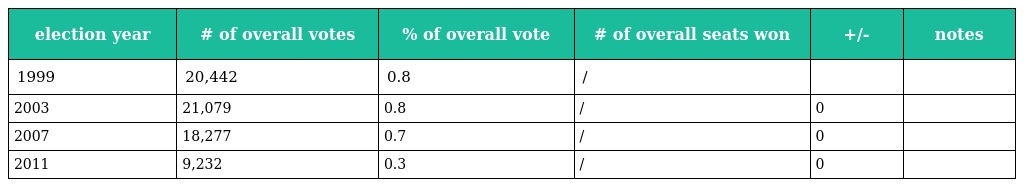
| election year | # of overall votes | % of overall vote | # of overall seats won | +/- | notes |
 | --- | --- | --- | --- | --- | --- |
 | 1999 | 20,442 | 0.8 | / |  |  |
 | 2003 | 21,079 | 0.8 | / | 0 |  |
 | 2007 | 18,277 | 0.7 | / | 0 |  |
 | 2011 | 9,232 | 0.3 | / | 0 |  |